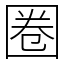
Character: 圈